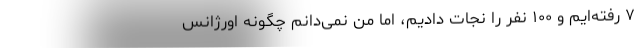
۷ رفته‌ایم و ۱۰۰ نفر را نجات دادیم، اما من نمی‌دانم چگونه اورژانس